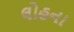
લોહના